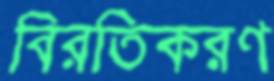
বিরতিকরণ